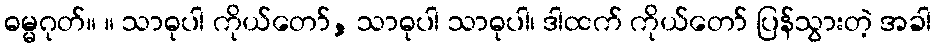
ဓမ္မဂုတ်။ ။ သာဓုပါ ကိုယ်တော်, သာဓုပါ သာဓုပါ၊ ဒါထက် ကိုယ်တော် ပြန်သွားတဲ့ အခါ